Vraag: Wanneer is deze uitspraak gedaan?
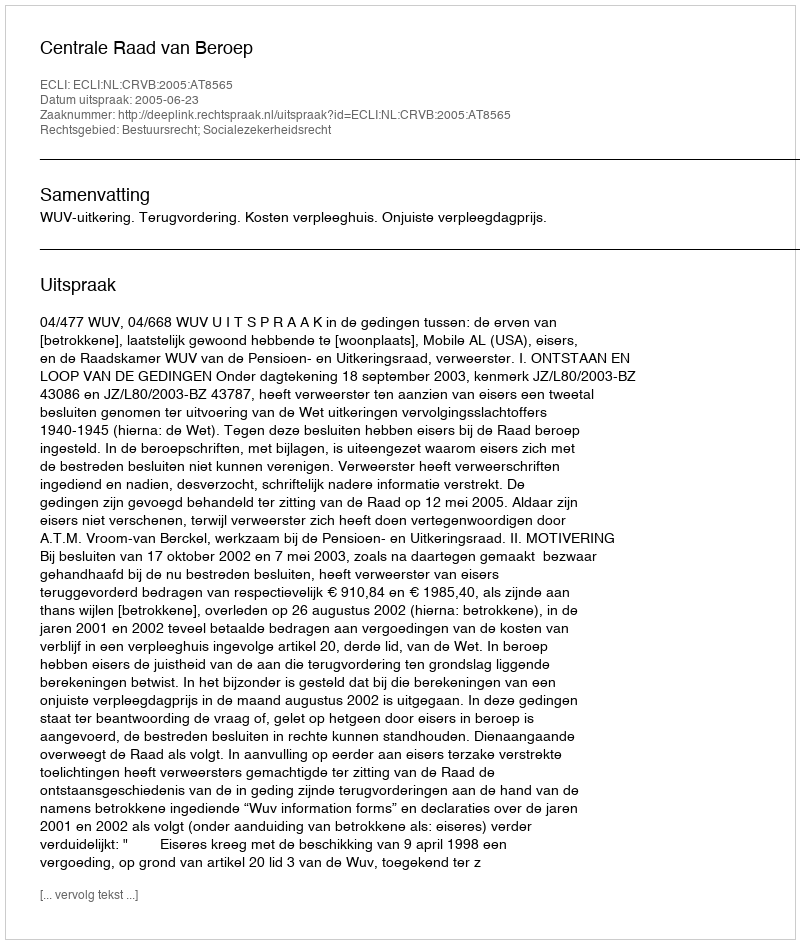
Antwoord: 2005-06-23